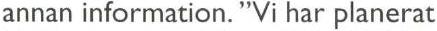
annan information. "Vi har planerat